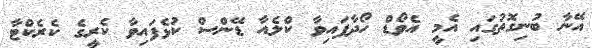
އޭނާ ބުނިގޮތުގައި އެމީ އެވޯޑް ހޯދާފައިވާ ކްލެއާ ޑޭންސް ކުޅެފައިވާ ކެރީގެ ކެރެކްޓާ